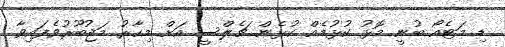
ޑި މަޓެއޯ ބުނީ މޮޅު ކުޅުމެއް ކުޅެން ޗެލްސީ އަށް މިހާރު މަޖުބޫރުވެފައިވާ